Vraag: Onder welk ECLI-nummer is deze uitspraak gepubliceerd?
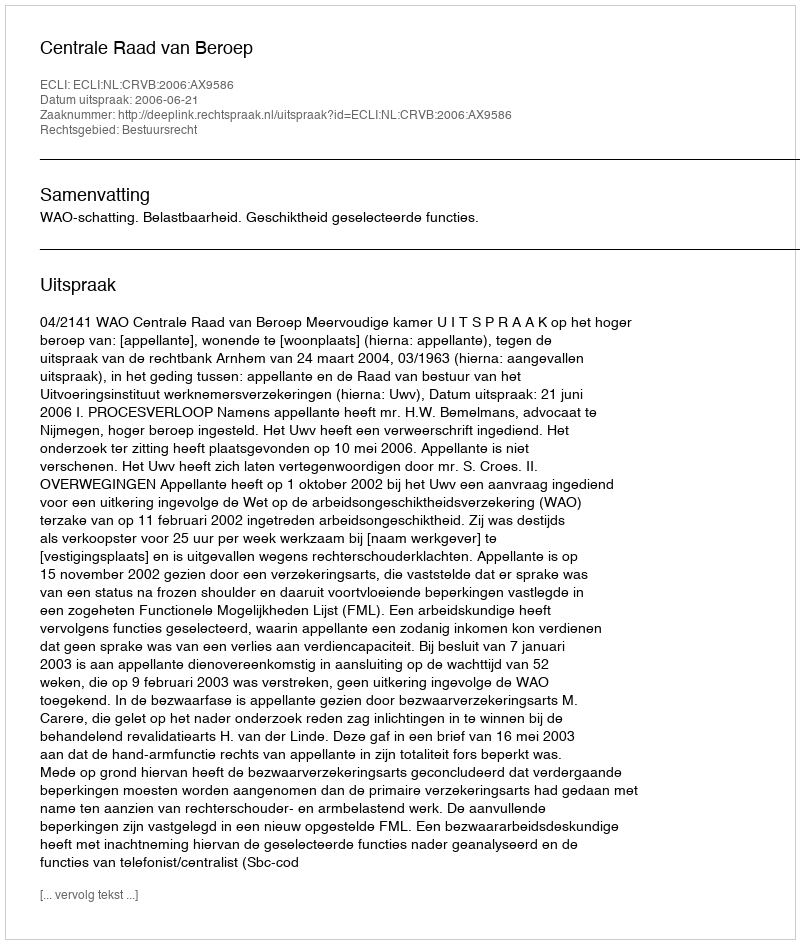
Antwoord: ECLI:NL:CRVB:2006:AX9586